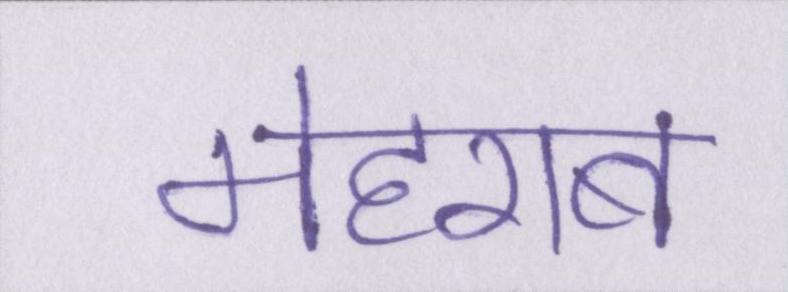
मेहराब